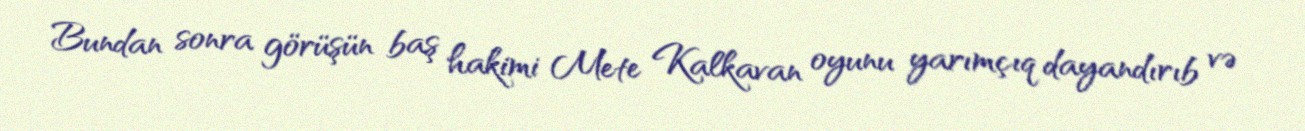
Bundan sonra görüşün baş hakimi Mete Kalkavan oyunu yarımçıq dayandırıb və